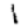
Digit: 1